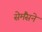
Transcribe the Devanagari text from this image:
सेमैंसने